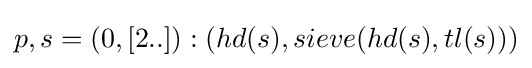
p,s=(0,[2..]):(hd(s),sieve(hd(s),tl(s)))